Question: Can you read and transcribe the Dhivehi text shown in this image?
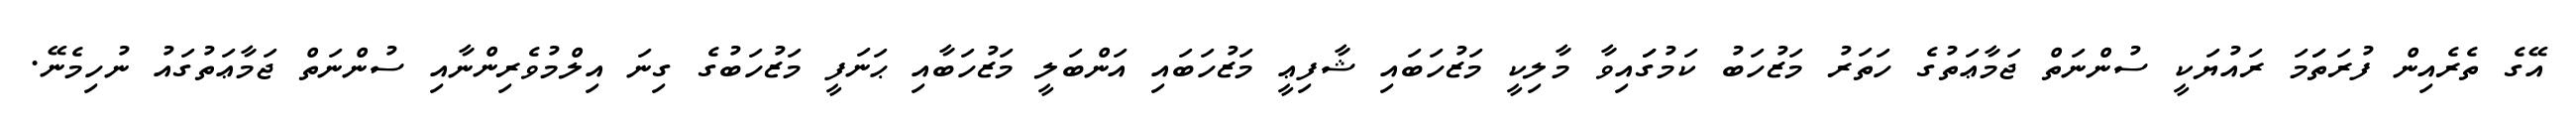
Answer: އޭގެ ތެރެއިން ފުރަތަަމަ ރައުޔަކީ ސުންނަތް ޖަމާޢަތުގެ ހަތަރު މަޒުހަބު ކަމުގަައިވާ މާލިކީ މަޒުހަބައި ޝާފިޢީ މަޒުހަބައި އަންބަލީ މަޒުހަބާއި ޙަނަފީ މަޒުހަބުގެ ގިނަ އިލްމުވެރިންނާއި ސުންނަތް ޖަމާޢަތުގައު ނުހިމެނޭ.